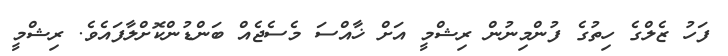
ފަހު ޒެލްގެ ހިތުގެ ފުންމިނުން ރިޝްމީ އަށް ޚާއްސަ މެސެޖެއް ބަންޑުންކޮށްލާފައެވެ. ރިޝްމީ